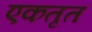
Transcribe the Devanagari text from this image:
एकतृत